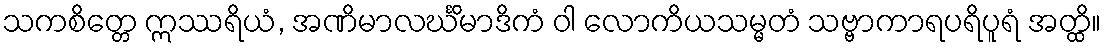
သကစိတ္တေ ဣဿရိယံ, အဏိမာလင်္ဃိမာဒိကံ ဝါ လောကိယသမ္မတံ သဗ္ဗာကာရပရိပူရံ အတ္ထိ။